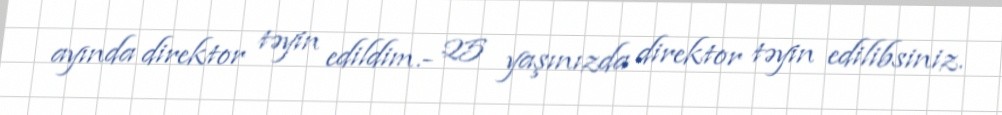
ayında direktor təyin edildim.- 25 yaşınızda direktor təyin edilibsiniz.